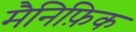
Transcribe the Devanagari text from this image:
मैनिफ़िक